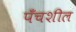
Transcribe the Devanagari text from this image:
पँचशील